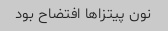
نون پیتزا‌ها افتضاح بود